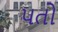
પતો